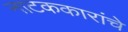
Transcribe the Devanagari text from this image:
नाटककारांचे